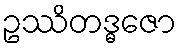
ဥဿိတဒ္ဓဇော